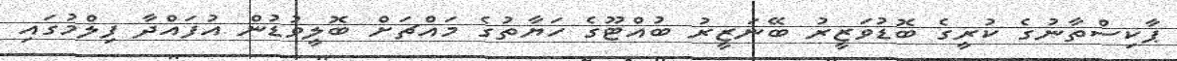
ޕާކިސްތާނުގެ ކުރީގެ ބޮޑުވަޒީރު ބޭނަޒީރު ބުއްޓޫގެ ހަޔާތުގެ މައްޗަށް ބޮލީވުޑުން އުފައްދާ ފިލްމުގައި